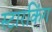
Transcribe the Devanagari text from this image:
स्‍टारकिंग